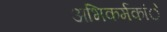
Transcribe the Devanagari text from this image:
अभिकर्मकांे